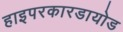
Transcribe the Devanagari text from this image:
हाइपरकारडायोड